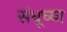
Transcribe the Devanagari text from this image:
संधूच्या